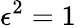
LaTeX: \epsilon^{2}=1\